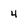
Character: 4